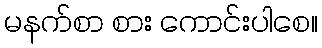
မနက်စာ စား ကောင်းပါစေ။